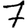
Digit: 7